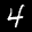
Label: 4